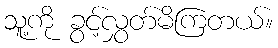
သူ့ကို ခွင့်လွှတ်မိကြတယ်။